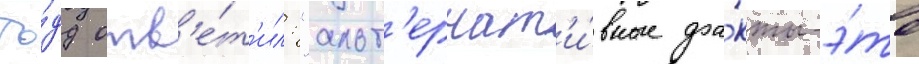
То́дд отв'е́т'ил: "альт'ернат'и́вные фа́кты-э́то